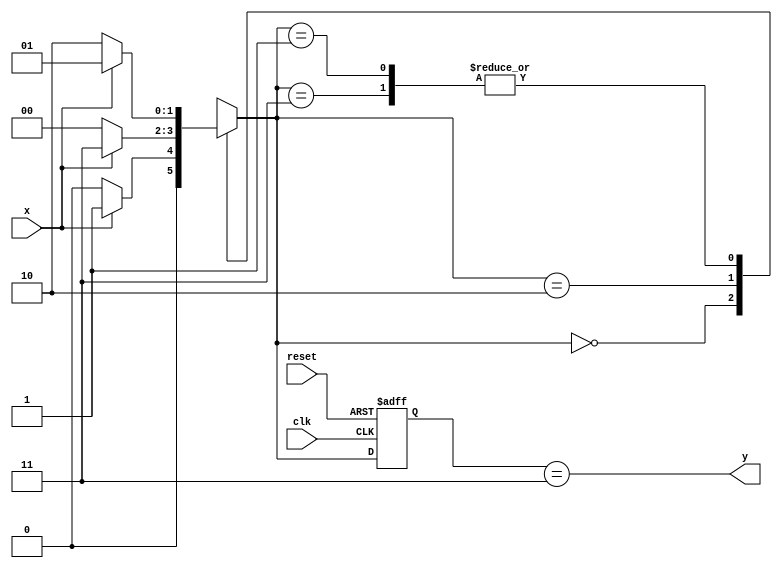
`timescale 1ns / 1ps
//////////////////////////////////////////////////////////////////////////////////
// Company: 
// 
// Design Name: 
// Module Name: moore_101_detector
// Project Name: 
// Target Devices: 
// Tool Versions: 
// Description: 
// 
// Dependencies: 
// 
// Revision:
// Revision 0.01 - File Created
// Additional Comments:
// 
//////////////////////////////////////////////////////////////////////////////////


module moore_101_detector(
   input clk,
   input reset,
   input x,
   output y
   );
   
   reg [1:0] state_reg ,state_next;
   localparam s0=0;
   localparam s1=1;
   localparam s2=2;
   localparam s3=3;
   //state register
   
   always @(posedge clk , negedge reset)
   begin
           if(~reset)
           state_reg <= s0;
           
           else
           state_reg <= state_next;
   
   end
   //next state 
   always@(*)
   begin
           case(state_next)
                       
                       s0:if(x)
                          state_next = s1;
                          else   
                          state_next = s0; 
                       s1:if(x)
                          state_next = s1;
                          else   
                          state_next = s2;    
                       s2:if(x)
                          state_next = s3;
                          else   
                          state_next = s0;
                       s3:if(x)
                          state_next = s1;
                          else   
                          state_next = s2;
                  default: state_next = state_reg;          
           endcase
   end
   //output
   assign y = ( state_reg == s3 );
   
endmodule